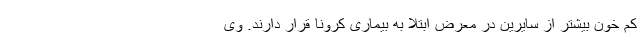
کم خون بیشتر از سایرین در معرض ابتلا به بیماری کرونا قرار دارند. وی